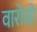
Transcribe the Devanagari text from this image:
वारोळी